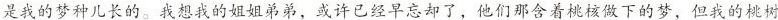
是我的梦种儿长的。我想我的姐姐弟弟，或许已经早忘却了，他们那含着桃核做下的梦，但我的桃树